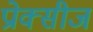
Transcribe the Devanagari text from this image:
प्रोक्सीज